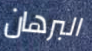
البرهان